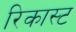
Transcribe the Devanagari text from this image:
रिकास्ट